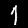
Digit: 1